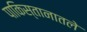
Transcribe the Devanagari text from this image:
पाकिस्तानातले